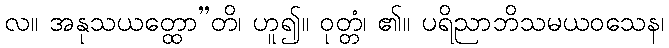
လ။ အနုသယတ္ထော”တိ၊ ဟူ၍။ ဝုတ္တံ၊ ၏။ ပရိညာဘိသမယဝသေန၊